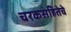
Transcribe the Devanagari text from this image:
चरकसंहितेचे